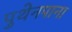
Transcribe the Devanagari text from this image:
पुथेनपाना